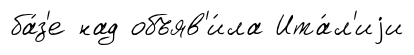
ба́з'е над объяв'и́ла Ита́л'иjи